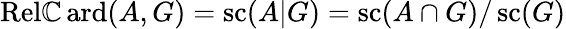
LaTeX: \operatorname{R\mathrm{e}l\mathbb{C}ard}(A,G)=\operatorname{sc}(A|G)=\operatorname{sc}(A\cap{G})/\operatorname{sc}(G)